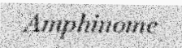
Amphinome